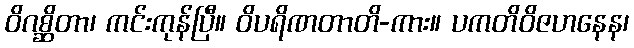
ဝိဂစ္ဆိတာ၊ ကင်းကုန်ပြီ။ ဝိပရိဏတာတိ-ကား။ ပကတိဝိဇဟနေန၊